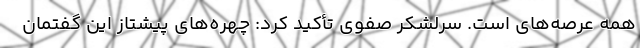
همه عرصه‌های است. سرلشکر صفوی تأکید کرد: چهره‌های پیشتاز این گفتمان